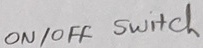
Text: ON/OFF  Switch